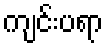
ကျင်းပရာ